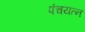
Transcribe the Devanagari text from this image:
पंचयत्‍न